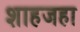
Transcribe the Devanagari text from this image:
शाहजहा